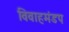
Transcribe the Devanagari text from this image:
विवाहमंडप